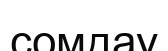
сомдау